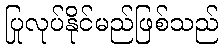
ပြုလုပ်နိုင်မည်ဖြစ်သည်